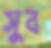
সুব